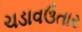
ચડાવઉતાર